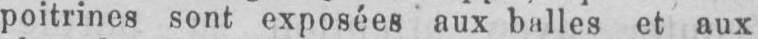
poitrines sont exposées aux balles et aux